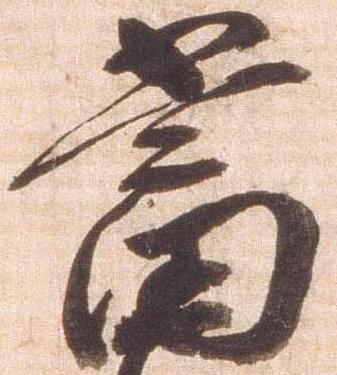
当